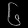
Digit: ၆